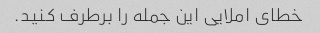
خطای املایی این جمله را برطرف کنید.